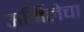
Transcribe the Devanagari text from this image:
ऊर्मिलेचा